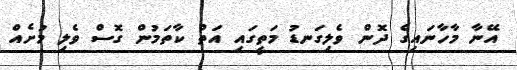
އޭނާ މާހާނައިގެ ދޮން ވެލިގަނޑު މަތީގައި އަތް ކާތަމުން ގޮސް ވެލި މުށެއް